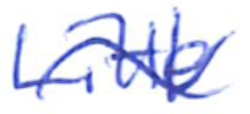
Text: Little
Cross-out: wave
Writing tool: ballpoint